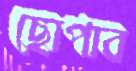
ছোপাব